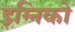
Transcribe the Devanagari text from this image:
इग्निको